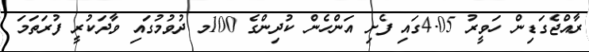
ރާއްޖެގަޑިން ހަވީރު 4.05ގައި ފެށި އަންހެން ކުދިންގެ 100މ ދުވުމުގައި ވާދަކުރީ ފުރަތަމަ